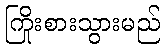
ကြိုးစားသွားမည်